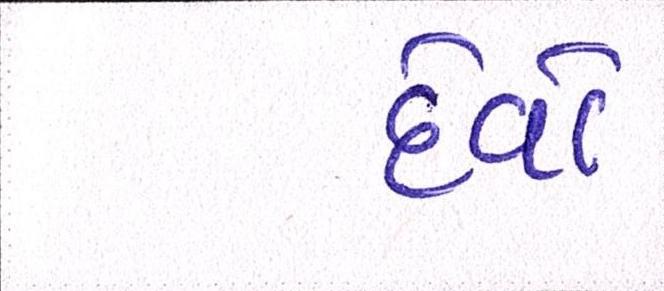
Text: દેવો